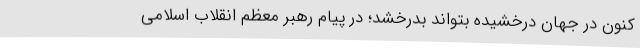
کنون در جهان درخشیده بتواند بدرخشد؛ در پیام رهبر معظم انقلاب اسلامی